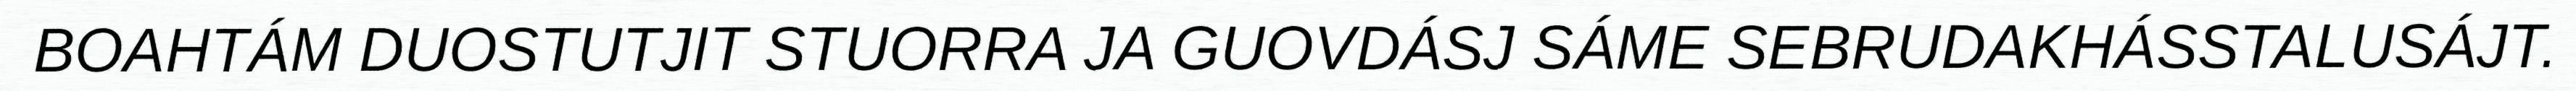
BOAHTÁM DUOSTUTJIT STUORRA JA GUOVDÁSJ SÁME SEBRUDAKHÁSSTALUSÁJT.